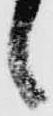
候